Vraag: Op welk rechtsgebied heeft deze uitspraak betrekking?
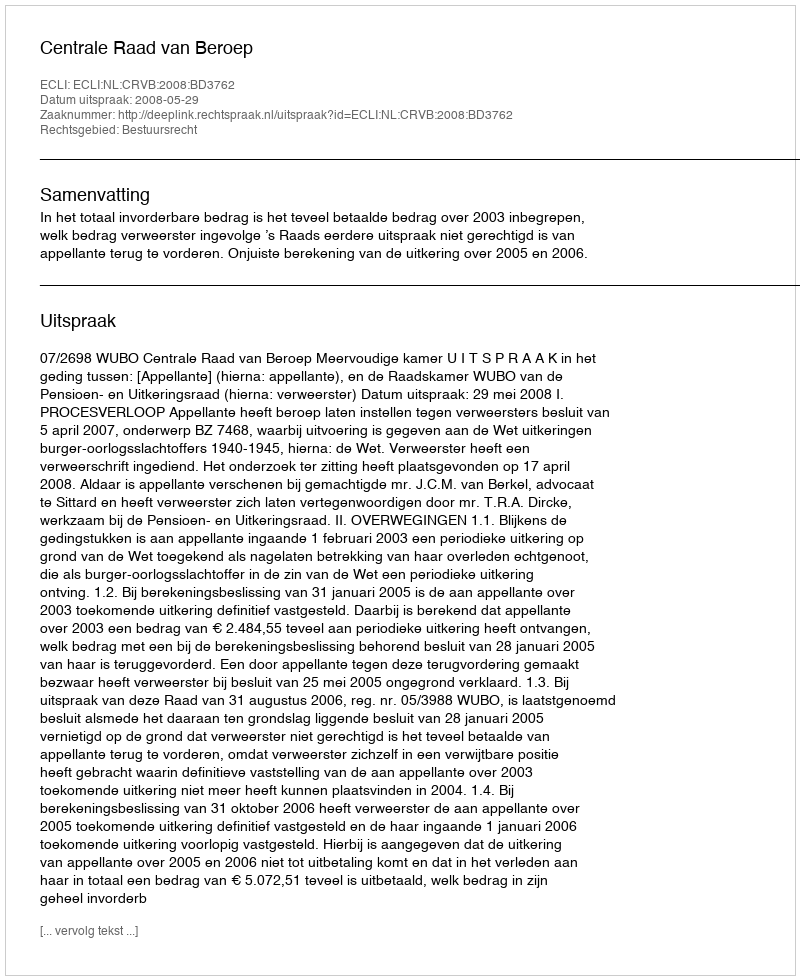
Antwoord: Bestuursrecht